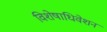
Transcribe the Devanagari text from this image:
विशेषाधिवेशन